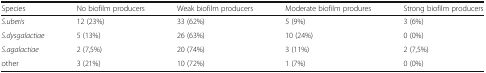
<table><thead><tr><td><b>Species</b></td><td><b>No biofilm producers</b></td><td><b>Weak biofilm producers</b></td><td><b>Moderate biofilm produres</b></td><td><b>Strong biofilm producers</b></td></tr></thead><tbody><tr><td><i>S.uberis</i></td><td>12 (23%)</td><td>33 (62%)</td><td>5 (9%)</td><td>3 (6%)</td></tr><tr><td><i>S.dysgalactiae</i></td><td>5 (13%)</td><td>26 (63%)</td><td>10 (24%)</td><td>0 (0%)</td></tr><tr><td><i>S.agalactiae</i></td><td>2 (7,5%)</td><td>20 (74%)</td><td>3 (11%)</td><td>2 (7,5%)</td></tr><tr><td>other</td><td>3 (21%)</td><td>10 (72%)</td><td>1 (7%)</td><td>0 (0%)</td></tr></tbody></table>